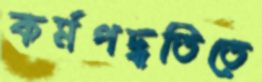
কর্মপদ্ধতিতে